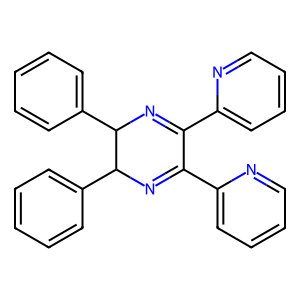
SMILES: c1ccc(C2N=C(c3ccccn3)C(c3ccccn3)=NC2c2ccccc2)cc1
Inhibits HIV replication: No